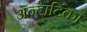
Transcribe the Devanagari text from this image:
अन्टार्टिका